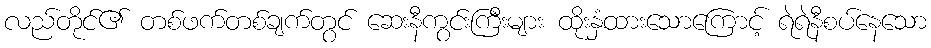
လည်တိုင်၏ တစ်ဖက်တစ်ချက်တွင် ဆေးနီကွင်းကြီးများ ထိုးနှံထားသောကြောင့် ရဲရဲနီစပ်နေသော